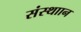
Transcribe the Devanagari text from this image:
संस्थाान